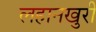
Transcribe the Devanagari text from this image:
लहानखुरी